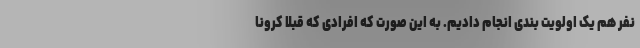
نفر هم یک اولویت بندی انجام دادیم. به این صورت که افرادی که قبلا کرونا